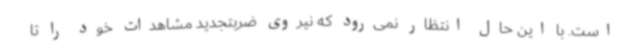
است. با این حال انتظار نمی‌رود که نیروی ضربتجدید مشاهدات خود را تا